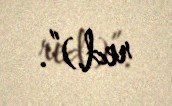
red.)”.